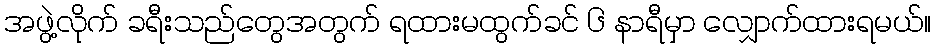
အဖွဲ့လိုက် ခရီးသည်တွေအတွက် ရထားမထွက်ခင် ၆ နာရီမှာ လျှောက်ထားရမယ်။